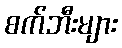
စက်ဘီးများ